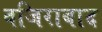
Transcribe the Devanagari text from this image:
वजिराबाद